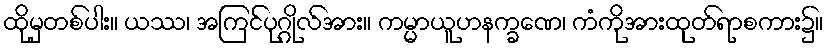
ထိုမှတစ်ပါး။ ယဿ၊ အကြင်ပုဂ္ဂိုလ်အား။ ကမ္မာယူဟနက္ခဏေ၊ ကံကိုအားထုတ်ရာစကား၌။